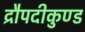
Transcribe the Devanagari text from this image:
द्रौपदीकुण्ड